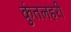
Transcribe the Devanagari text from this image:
कुंतलहरी